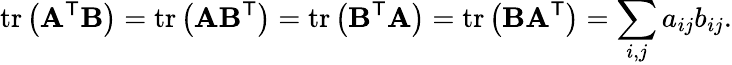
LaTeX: \operatorname{tr}\left(\mathbf{A}^{\mathsf{T}}\mathbf{B}\right)=\operatorname{tr}\left(\mathbf{A}\mathbf{B}^{\mathsf{T}}\right)=\operatorname{tr}\left(\mathbf{B}^{\mathsf{T}}\mathbf{A}\right)=\operatorname{tr}\left(\mathbf{B}\mathbf{A}^{\mathsf{T}}\right)=\sum_{i,j}a_{ij}b_{ij}.